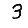
Digit: 3